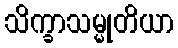
သိက္ခာသမ္မုတိယာ